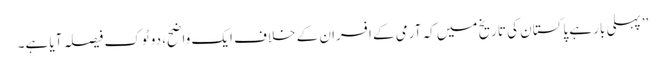
’’پہلی بار ہے پاکستان کی تاریخ میں کہ آرمی کے افسران کے خلاف ایک واضح، دو ٹوک فیصلہ آیا ہے۔